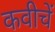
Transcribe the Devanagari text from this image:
कवीचें